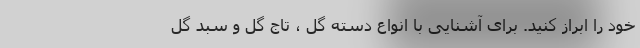
خود را ابراز کنید. برای آشنایی با انواع دسته گل ، تاج گل و سبد گل